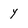
Character: y